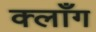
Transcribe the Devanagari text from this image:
क्लाँग